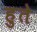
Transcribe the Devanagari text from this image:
हुते